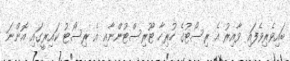
ބައިވެރިވެފައި ވާއިރު އެ ރިސޯޓުގެ ހުރިހާ ޓޫރިސްޓުންނާއި އެ ރިސޯޓު ކައިރީގައި އޮންނަ